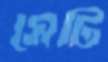
সেটি